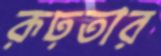
রূঢ়তার